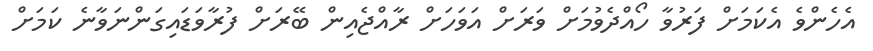
އެހެންވެ އެކަމަށް ފަރުވާ ހޯއްދެވުމަށް ވަރަށް އަވަހަށް ރާއްޖެއިން ބޭރަށް ފުރާވަޑައިގަންނަވާނެ ކަމަށް